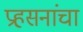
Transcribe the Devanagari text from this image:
प्रहसनांचा